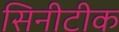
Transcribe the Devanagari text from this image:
सिनीटीक